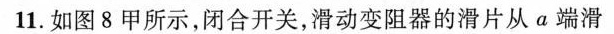
11.如图8甲所示，闭合开关，滑动变阻器的滑片从a端滑